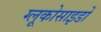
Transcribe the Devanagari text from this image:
ग्लूकोसाइडों